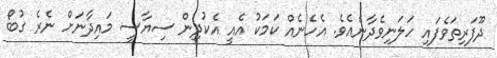
ދޫފަރިތަވެފައި ހަލަނިވެދާނެއެެވެ. އެހެނެއް ކަމަކު އެއީ އެކުދިން ސިޔާސީ މައިދާނަށް ނެރެ ގުބޯ